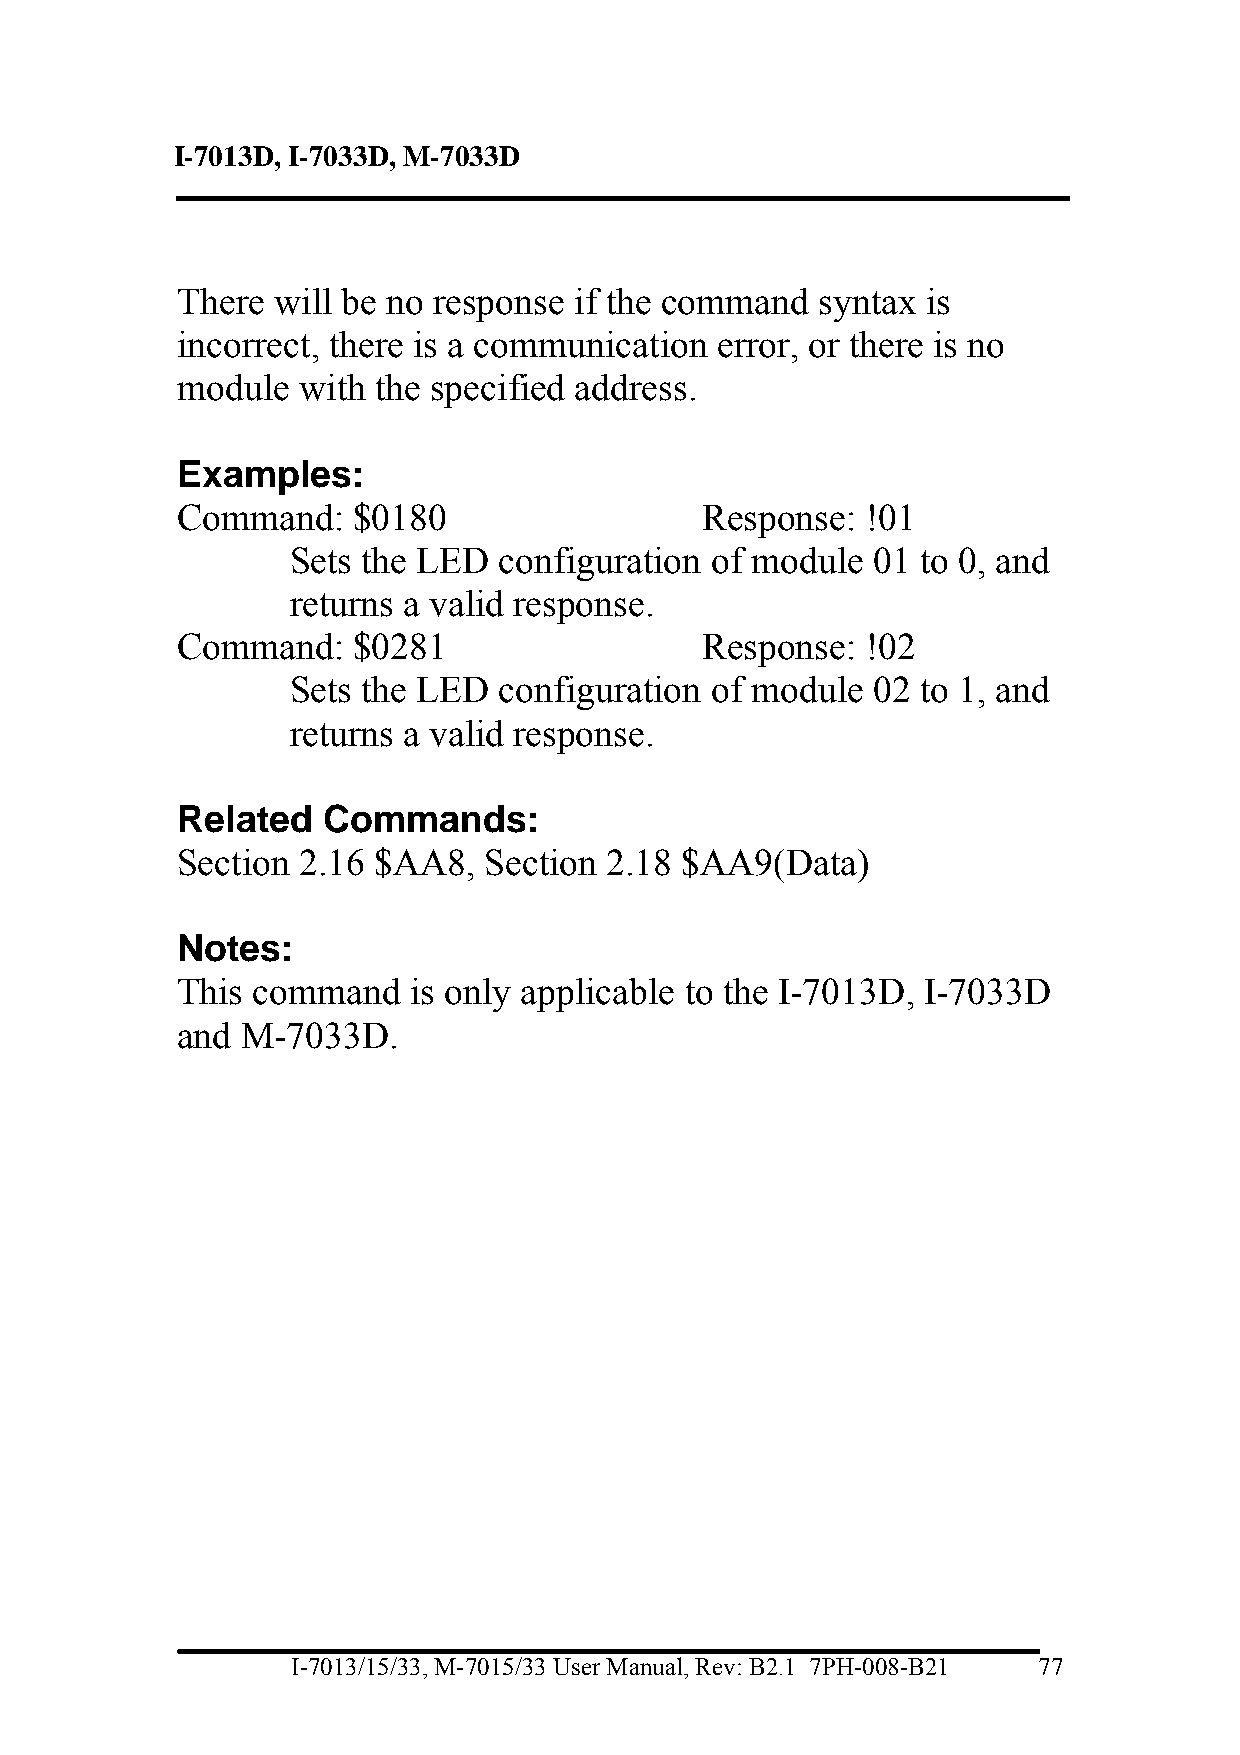
I-7013D, I-7033D, M-7033D
 There will be no response if the command  syntax is
 incorrect, there is a communication error, or there is no
 module  with the specified address.
 Examples:
 Command:   $0180                  Response:  !01
 Sets the LED  configuration of module  01 to 0, and
 returns a valid response.
 Command:   $0281                  Response:  !02
 Sets the LED  configuration of module  02 to 1, and
 returns a valid response.
 Related  Commands:
 Section 2.16 $AA8,  Section 2.18 $AA9(Data)
 Notes:
 This command   is only applicable to the I-7013D, I-7033D
 and M-7033D.
 I-7013/15/33, M-7015/33 User Manual, Rev: B2.1 7PH-008-B21 77